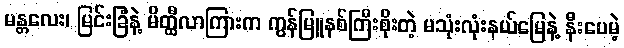
မန္တလေး၊ မြင်းခြံနဲ့ မိတ္ထီလာကြားက ကွန်မြူနစ်ကြီးစိုးတဲ့ မသုံးလုံးနယ်မြေနဲ့ နီးပေမဲ့